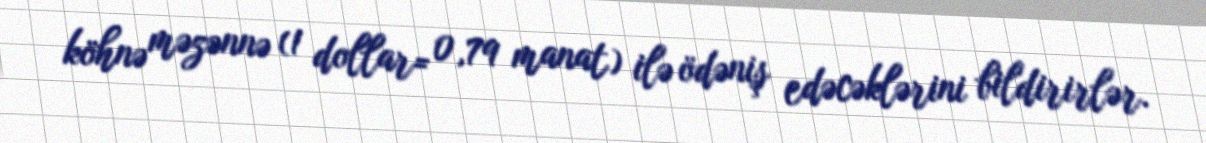
köhnə məzənnə (1 dollar= 0,79 manat) ilə ödəniş edəcəklərini bildirirlər.